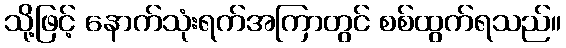
သို့ဖြင့် နောက်သုံးရက်အကြာတွင် စစ်ထွက်ရသည်။